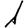
Digit: 1